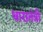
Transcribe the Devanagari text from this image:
धारातंत्री